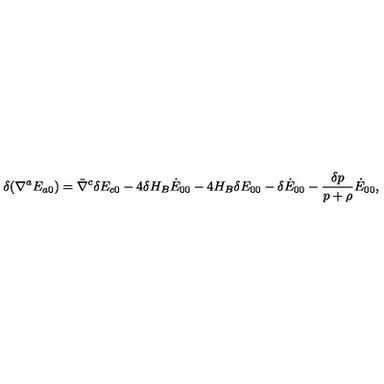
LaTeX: \delta ( \nabla ^ { a } E _ { a 0 } ) = \bar { \nabla } ^ { c } \delta E _ { c 0 } - 4 \delta H _ { B } \dot { E } _ { 0 0 } - 4 H _ { B } \delta E _ { 0 0 } - \delta \dot { E } _ { 0 0 } - \frac { \delta p } { p + \rho } \dot { E } _ { 0 0 } ,